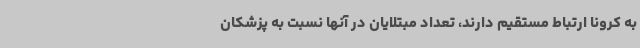
به کرونا ارتباط مستقیم دارند، تعداد مبتلایان در آنها نسبت به پزشکان